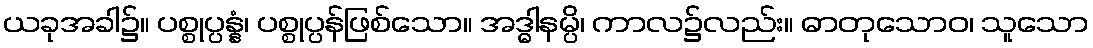
ယခုအခါ၌။ ပစ္စုပ္ပန္နံ၊ ပစ္စုပ္ပန်ဖြစ်သော။ အဒ္ဓါနမ္ပိ၊ ကာလ၌လည်း။ ဓာတုသောဝ၊ သူသော